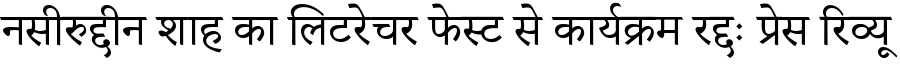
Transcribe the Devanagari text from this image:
नसीरुद्दीन शाह का लिटरेचर फेस्ट से कार्यक्रम रद्दः प्रेस रिव्यू